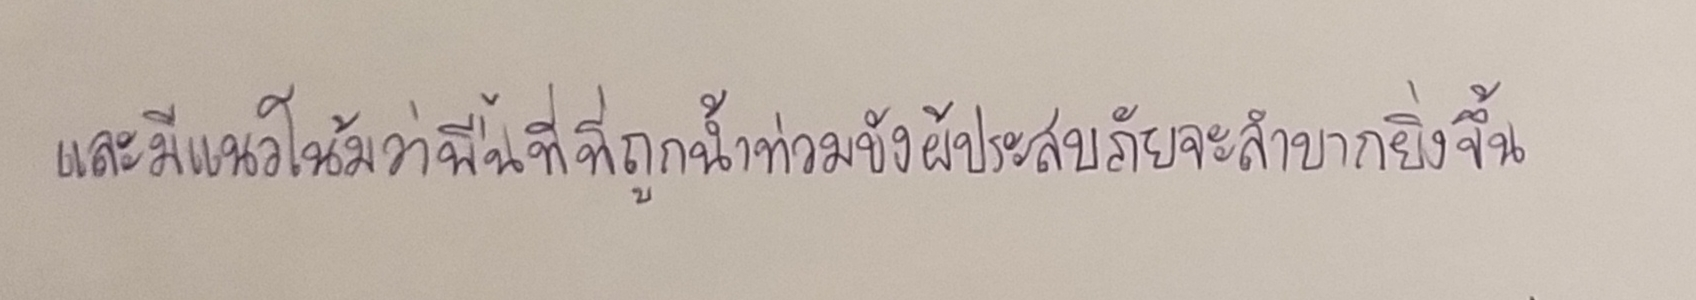
และมีแนวโน้มว่าในพื้นที่ที่ถูกน้ำท่วมขังผู้ประสบภัยจะลำบากยิ่งขึ้น